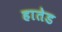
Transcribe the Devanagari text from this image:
हातेड